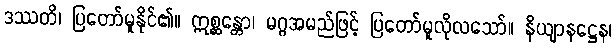
ဒဿတိ၊ ပြတော်မူနိုင်၏။ ဣစ္ဆန္တော၊ မဂ္ဂအမည်ဖြင့် ပြတော်မူလိုလသော်။ နိယျာနဋ္ဌေန၊